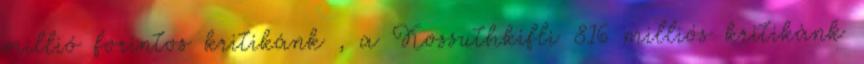
millió forintos kritikánk , a Kossuthkifli 816 milliós kritikánk